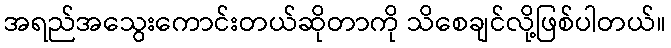
အရည်အသွေးကောင်းတယ်ဆိုတာကို သိစေချင်လို့ဖြစ်ပါတယ်။